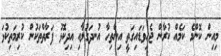
މިއިން ކޮންމެ ކަމެއް ކުރާން ޖެހިވަޑައިގަތީ އިންތިހާ އުނދަގުލާއި އިދިކޮޅު ފަރާތްތަކުން ކުރިމަތިކުޅަ